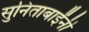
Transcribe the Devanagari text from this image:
सुनिताबाईंनी